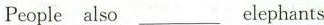
People alsoele___phants